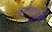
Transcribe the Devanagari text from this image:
हगणदारी